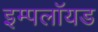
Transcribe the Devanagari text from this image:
इम्पलॉयड